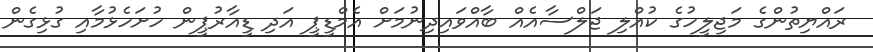
ރައްޔިތުންގެ މަޖިލީހުގެ ކުއްލި ޖަލްސާއެއް ބާއްވައިދިނުމަށް އެމްޑީޕީ އަދި ޑީއާރުޕީން ހުށަހެޅުމާއި ގުޅިގެން